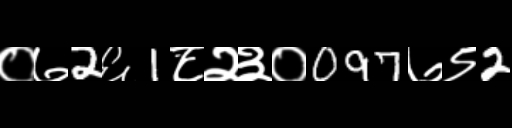
Text: ०७2६1८२३०097७९2